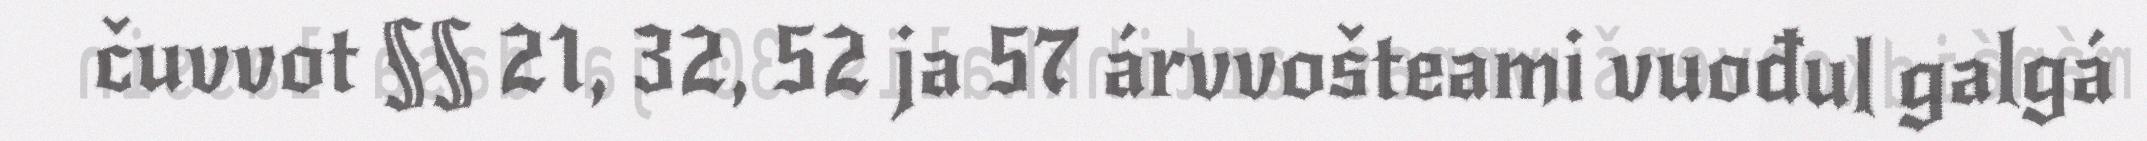
čuvvot §§ 21, 32, 52 ja 57 árvvošteami vuođul galgá